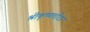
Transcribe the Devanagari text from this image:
श्रीकृष्णचरित्र